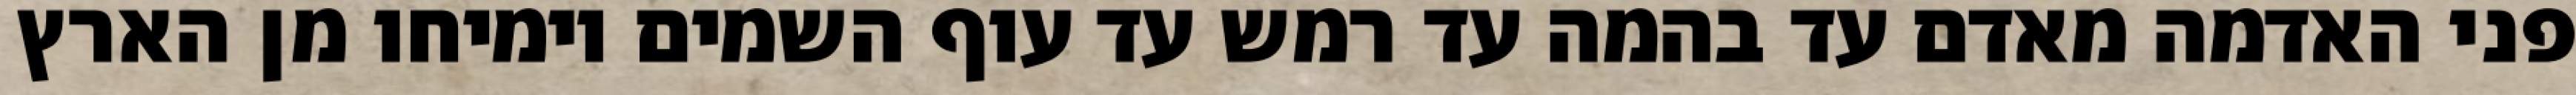
פני האדמה מאדם עד בהמה עד רמש עד עוף השמים וימיחו מן הארץ